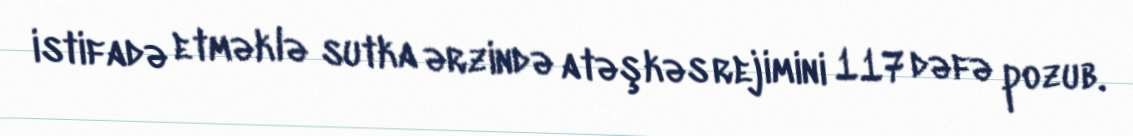
istifadə etməklə sutka ərzində atəşkəs rejimini 117 dəfə pozub.